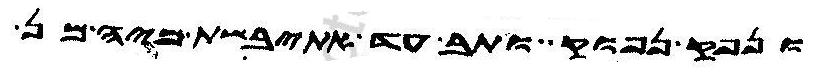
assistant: ונפק נפוק ותב עד אתיבשת מיה מן